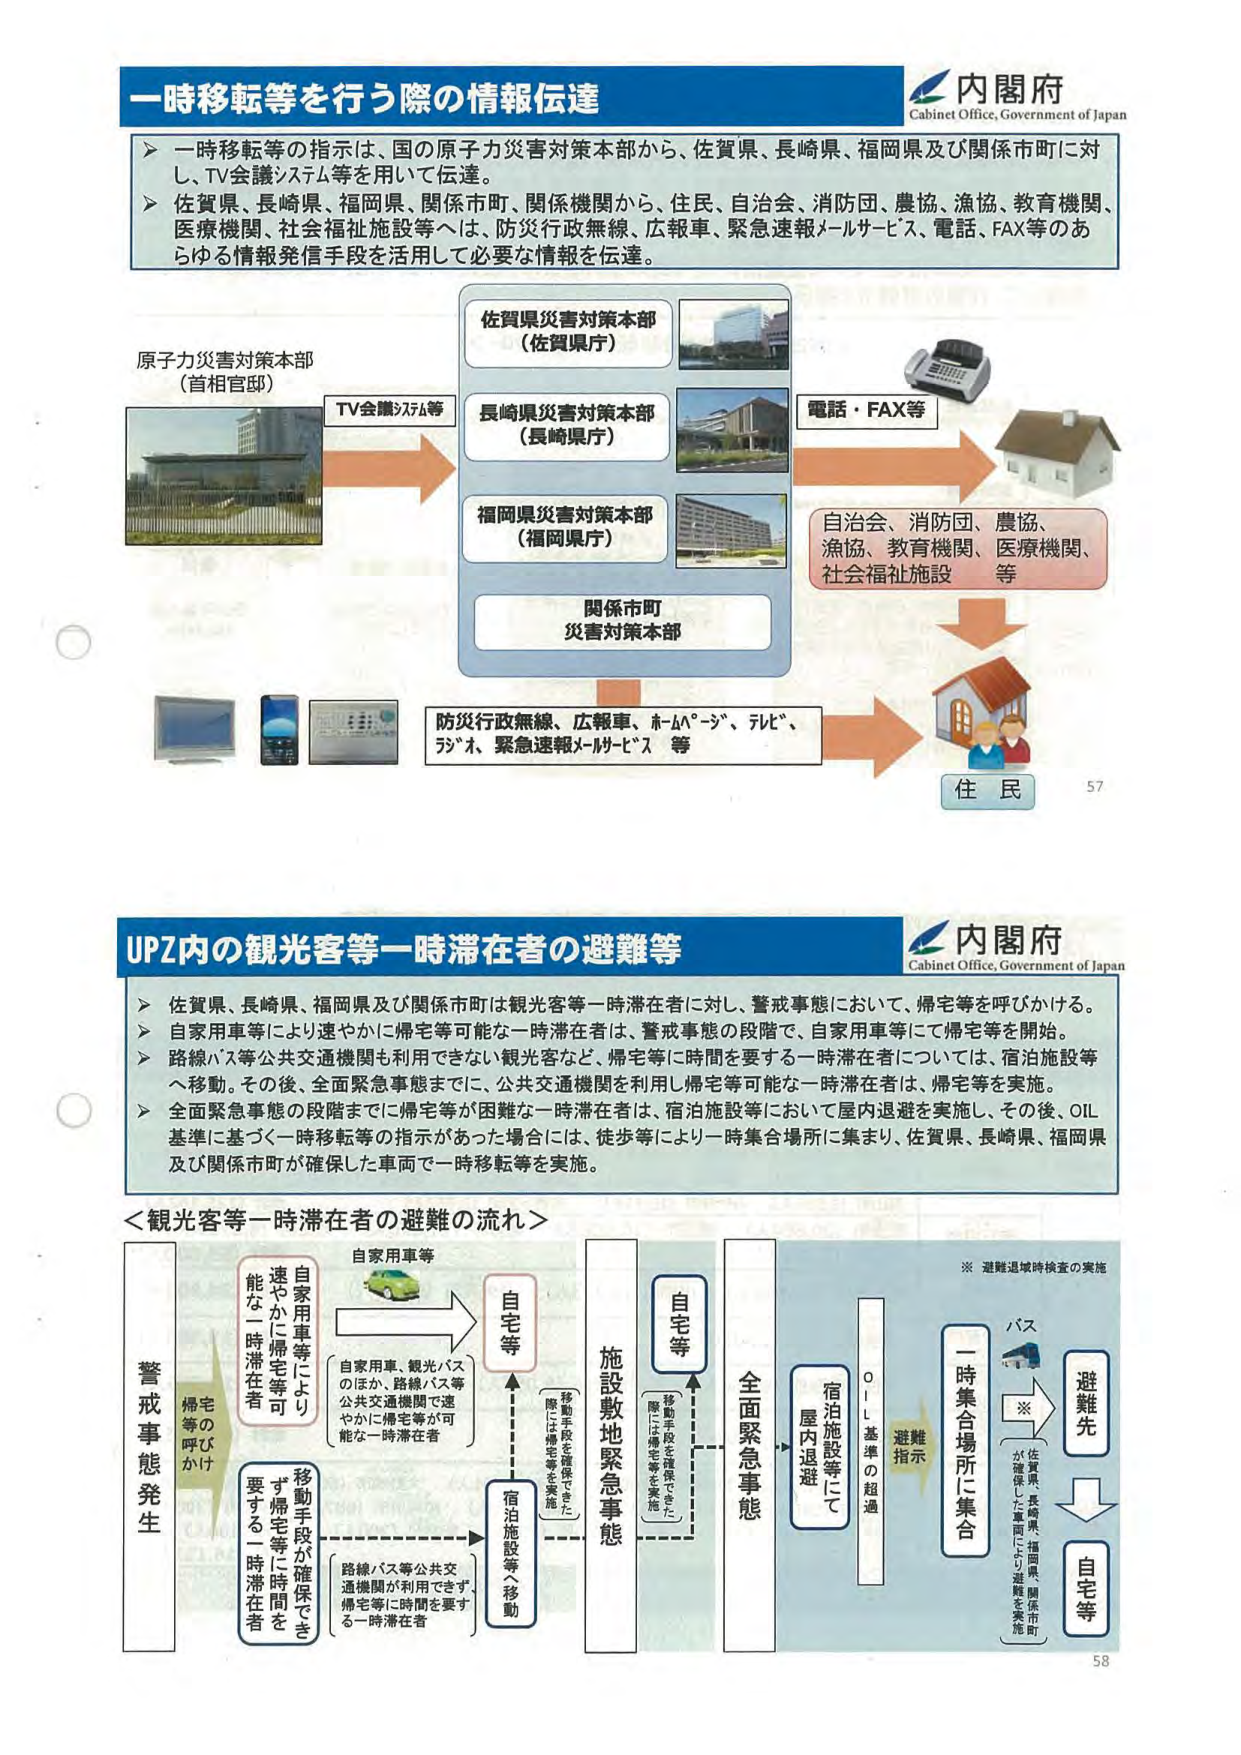
一時移転等を行う際の情報伝達
内閣府
Cabinet Office, Government of Japan
> 一時移転等の指示は、国の原子力災害対策本部から、佐賀県、長崎県、福岡県及び関係市町に対
し、TV会議システム等を用いて伝達。
> 佐賀県、長崎県、福岡県、関係市町、関係機関から、住民、自治会、消防団、農協、漁協、教育機関、
医療機関、社会福祉施設等へは、防災行政無線、広報車、緊急速報メールサービス、電話、FAX等のあ
らゆる情報発信手段を活用して必要な情報を伝達。
原子力災害対策本部
（首相官邸）
TV会議システム等
佐賀県災害対策本部
（佐賀県庁）
長崎県災害対策本部
（長崎県庁）
福岡県災害対策本部
（福岡県庁）
関係市町
災害対策本部
電話・FAX等
自治会、消防団、農協、
漁協、教育機関、医療機関、
社会福祉施設
等
防災行政無線、広報車、ホームページ、テレビ、
ラジオ、緊急速報メールサービス 等
住 民
57
UPZ内の観光客等一時滞在者の避難等
内閣府
Cabinet Office, Government of Japan
> 佐賀県、長崎県、福岡県及び関係市町は観光客等一時滞在者に対し、警戒事態において、帰宅等を呼びかける。
> 自家用車等により速やかに帰宅等可能な一時滞在者は、警戒事態の段階で、自家用車等にて帰宅等を開始。
> 路線バス等公共交通機関も利用できない観光客など、帰宅等に時間を要する一時滞在者については、宿泊施設等
へ移動。その後、全面緊急事態までに、公共交通機関を利用し帰宅等可能な一時滞在者は、帰宅等を実施。
> 全面緊急事態の段階までに帰宅等が困難な一時滞在者は、宿泊施設等において屋内退避を実施し、その後、OIL
基準に基づく一時移転等の指示があった場合には、徒歩等により一時集合場所に集まり、佐賀県、長崎県、福岡県
及び関係市町が確保した車両で一時移転等を実施。
＜観光客等一時滞在者の避難の流れ＞
警戒事態発生
帰宅の呼びかけ
自家用車等により
速やかに帰宅等可
能な一時滞在者
自家用車等
自家用車、観光バス
のほか、路線バス等
公共交通機関で速
やかに帰宅等が可
能な一時滞在者
自宅等
移動手段が確保でき
ず帰宅等に時間を
要する一時滞在者
路線バス等公共交通
機関が利用できます、
帰宅等に時間を要す
る一時滞在者
宿泊施設等へ移動
施設敷地緊急事態
移動手段を確保できた
際には帰宅等を実施
自宅等
全面緊急事態
宿泊施設等にて
屋内退避
OIL基準の超過
避難指示
一時集合場所に集合
※ 避難退域時検査の実施
バス
※
佐賀県、長崎県、福岡県、関係市町
が確保した車両により、避難を実施
避難先
自宅等
58